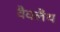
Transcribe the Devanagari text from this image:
वैवलैंथ